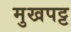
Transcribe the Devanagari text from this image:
मुखपट्ट